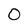
Character: 0